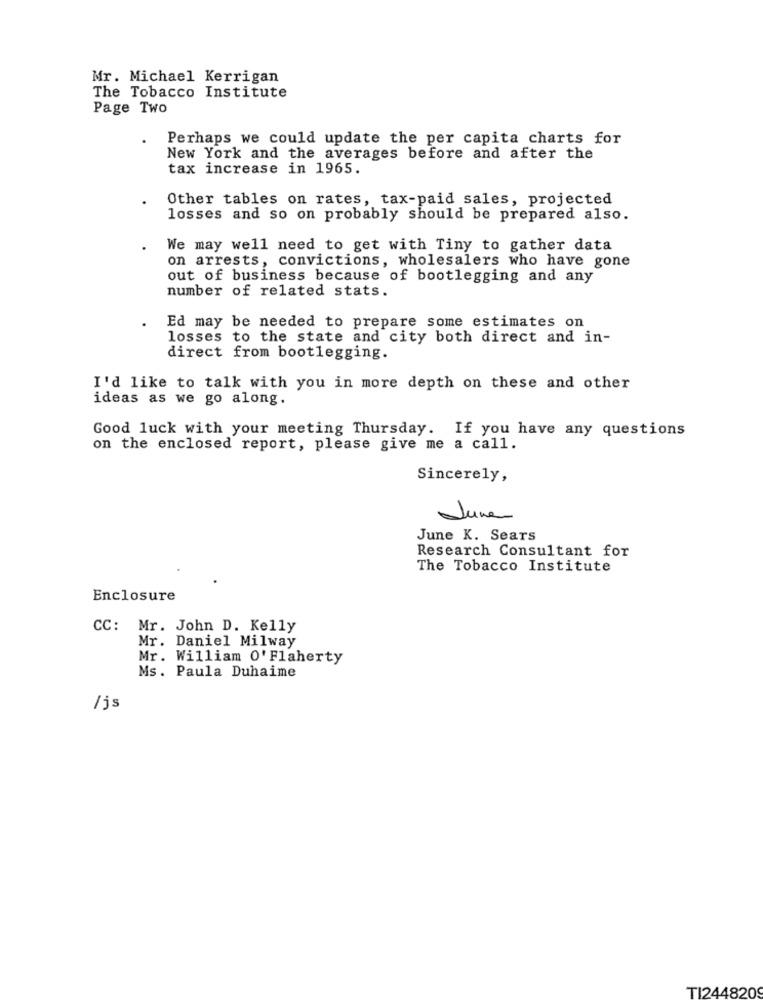
Mr. Michael Kerrigan
The Tobacco Institute
Page Two
Perhaps we could update the per capita charts for
New York and the averages before and after the
tax increase in 1965.
Other tables on rates, tax-paid sales, projected
losses and so on probably should be prepared also.
We may well need to get with Tiny to gather data
on arrests, convictions, wholesalers who have gone
out of business because of bootlegging and any
number of related stats.
Ed may be needed to prepare some estimates on
losses to the state and city both direct and in-
direct from bootlegging.
I'd like to talk with you in more depth on these and other
ideas as we go along.
Good luck with your meeting Thursday. If you have any questions
on the enclosed report, please give me a call.
Sincerely,
June
June K. Sears
Research Consultant for
The Tobacco Institute
Enclosure
CC: Mr. John D. Kelly
Mr. Daniel Milway
Mr. William O' Flaherty
Ms. Paula Duhaime
/js
TI244820